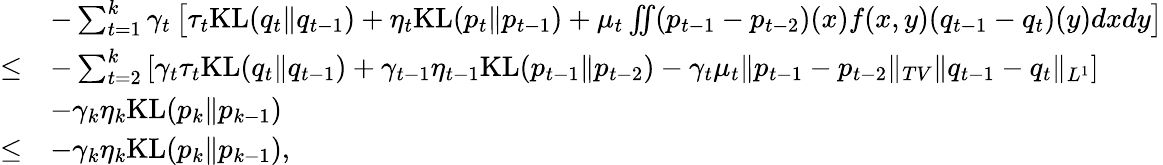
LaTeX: \begin{array}{rl}&{-\sum_{t=1}^{k}\gamma_{t}\left[\tau_{t}\mathrm{KL}(q_{t}\| q_{t-1})+\eta_{t}\mathrm{KL}(p_{t}\| p_{t-1})+\mu_{t}\iint(p_{t-1}-p_{t-2})(x)f(x,y)(q_{t-1}-q_{t})(y)dxdy\right]}\\ {\leq}&{-\sum_{t=2}^{k}\left[\gamma_{t}\tau_{t}\mathrm{KL}(q_{t}\| q_{t-1})+\gamma_{t-1}\eta_{t-1}\mathrm{KL}(p_{t-1}\| p_{t-2})-\gamma_{t}\mu_{t}\| p_{t-1}-p_{t-2}\| _{TV}\| q_{t-1}-q_{t}\| _{L^{1}}\right]}\\ &{-\gamma_{k}\eta_{k}\mathrm{KL}(p_{k}\| p_{k-1})}\\ {\leq}&{-\gamma_{k}\eta_{k}\mathrm{KL}(p_{k}\| p_{k-1}),}\end{array}